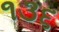
૧૩૬